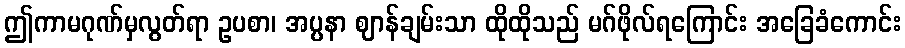
ဤကာမဂုဏ်မှလွတ်ရာ ဥပစာ၊ အပ္ပနာ ဈာန်ချမ်းသာ ထိုထိုသည် မဂ်ဖိုလ်ရကြောင်း အခြေခံကောင်း